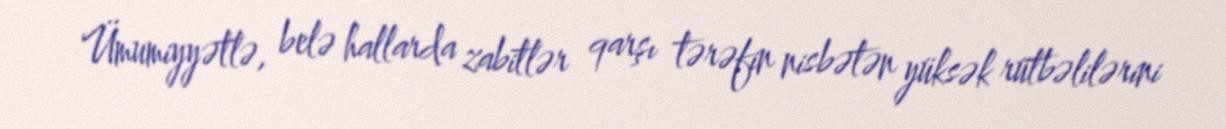
Ümumiyyətlə, belə hallarda zabitlər qarşı tərəfin nisbətən yüksək rütbəlilərini